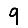
Digit: 9